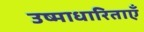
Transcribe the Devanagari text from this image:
उष्माधारिताएँ